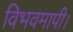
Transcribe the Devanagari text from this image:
विभवमापी।